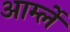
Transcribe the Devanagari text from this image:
आर्म्ले